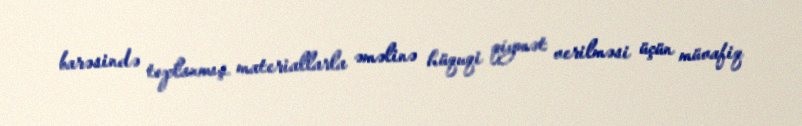
barəsində toplanmış materiallarla əməlinə hüquqi qiymət verilməsi üçün müvafiq